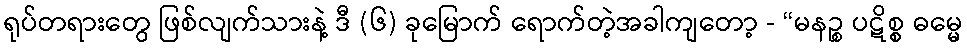
ရုပ်တရားတွေ ဖြစ်လျက်သားနဲ့ ဒီ (၆) ခုမြောက် ရောက်တဲ့အခါကျတော့ - “မနဉ္စ ပဋိစ္စ ဓမ္မေ